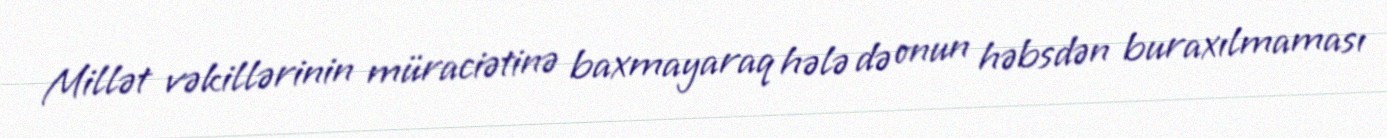
Millət vəkillərinin müraciətinə baxmayaraq hələ də onun həbsdən buraxılmaması